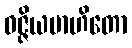
ဝဇ္ဇိယမာဟိတော